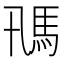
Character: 𩡵